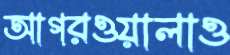
আগরওয়ালাও